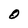
Character: O